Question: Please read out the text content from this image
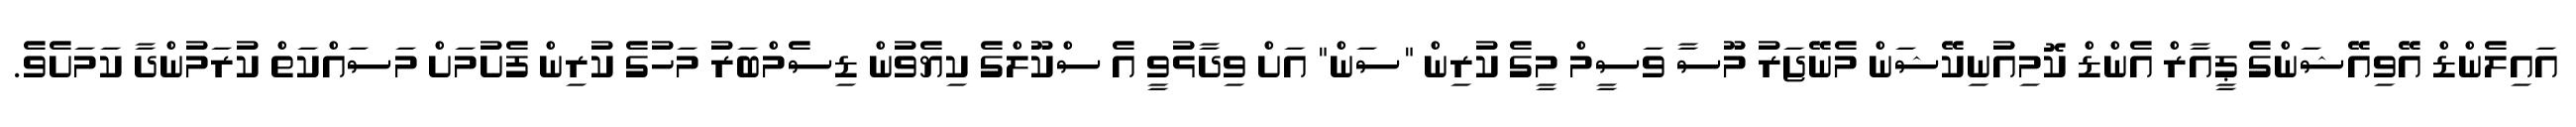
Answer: އައިލެންޑް އޭވިއޭޝަންގެ ޕީއާރް އެންޑް ކޮމިއުނިކޭޝަން މެނޭޖަރު މޫސާ ވަސީމް މީގެ ކުރިން "ސަން" އަށް ވިދާޅުވީ އެ ސްކޫލްގެ ކިޔެވުން ޑިސެމްބަރު މަހުގެ ކުރިން ފެށުމަށް މަސައްކަތް ކުރަމުންދާ ކަމަށެވެ.